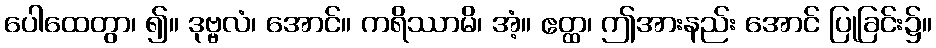
ပေါထေတွာ၊ ၍။ ဒုဗ္ဗလံ၊ အောင်။ ကရိဿာမိ၊ အံ့။ ဧတ္ထ၊ ဤအားနည်း အောင် ပြုခြင်း၌။